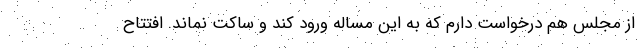
از مجلس هم درخواست دارم که به این مساله ورود کند و ساکت نماند. افتتاح